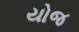
યોજ